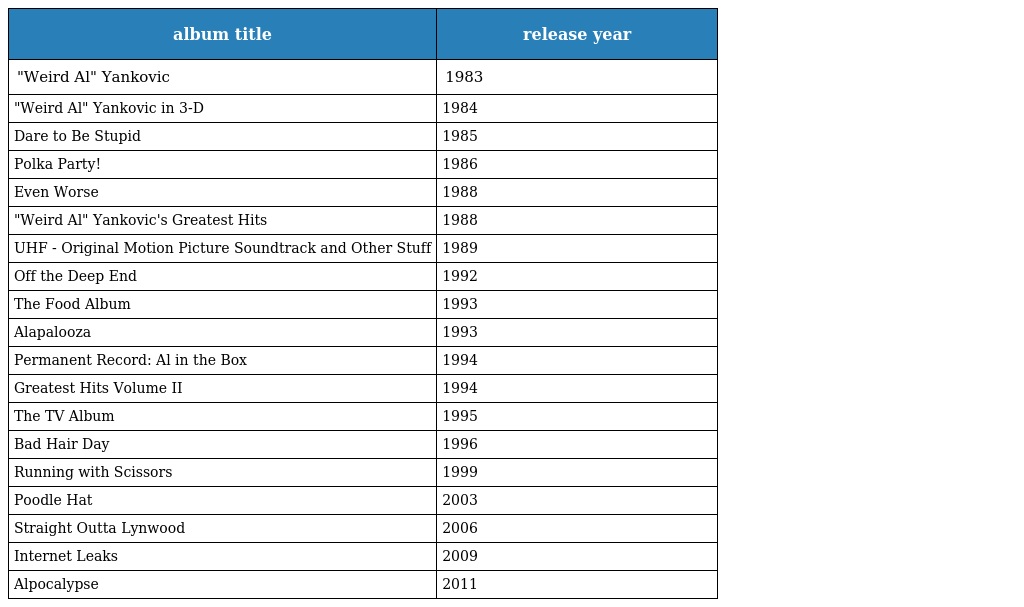
| album title | release year |
 | --- | --- |
 | "Weird Al" Yankovic | 1983 |
 | "Weird Al" Yankovic in 3-D | 1984 |
 | Dare to Be Stupid | 1985 |
 | Polka Party! | 1986 |
 | Even Worse | 1988 |
 | "Weird Al" Yankovic's Greatest Hits | 1988 |
 | UHF - Original Motion Picture Soundtrack and Other Stuff | 1989 |
 | Off the Deep End | 1992 |
 | The Food Album | 1993 |
 | Alapalooza | 1993 |
 | Permanent Record: Al in the Box | 1994 |
 | Greatest Hits Volume II | 1994 |
 | The TV Album | 1995 |
 | Bad Hair Day | 1996 |
 | Running with Scissors | 1999 |
 | Poodle Hat | 2003 |
 | Straight Outta Lynwood | 2006 |
 | Internet Leaks | 2009 |
 | Alpocalypse | 2011 |